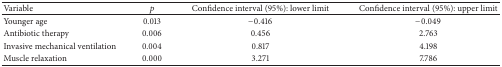
<table><thead><tr><td><b>Variable</b></td><td><b><i>p</i></b></td><td><b>Confidence interval (95%): lower limit</b></td><td><b>Confidence interval (95%): upper limit </b></td></tr></thead><tbody><tr><td>Younger age</td><td>0.013</td><td>−0.416</td><td>−0.049</td></tr><tr><td>Antibiotic therapy</td><td>0.006</td><td>0.456</td><td>2.763</td></tr><tr><td>Invasive mechanical ventilation</td><td>0.004</td><td>0.817</td><td>4.198</td></tr><tr><td>Muscle relaxation</td><td>0.000</td><td>3.271</td><td>7.786</td></tr></tbody></table>